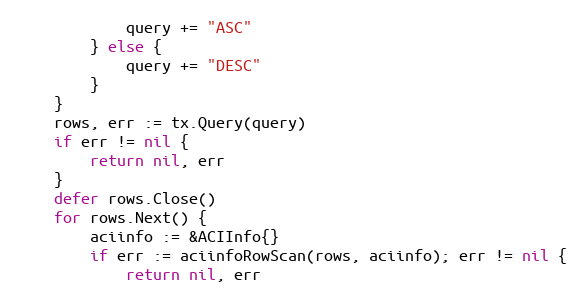
Language: Go
			query += "ASC"
		} else {
			query += "DESC"
		}
	}
	rows, err := tx.Query(query)
	if err != nil {
		return nil, err
	}
	defer rows.Close()
	for rows.Next() {
		aciinfo := &ACIInfo{}
		if err := aciinfoRowScan(rows, aciinfo); err != nil {
			return nil, err